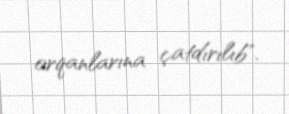
orqanlarına çatdırılıb".